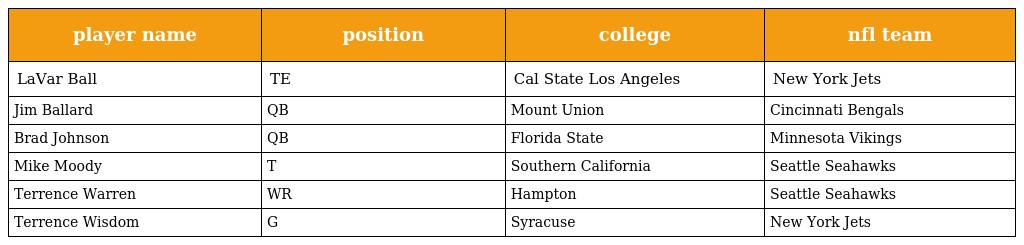
| player name | position | college | nfl team |
 | --- | --- | --- | --- |
 | LaVar Ball | TE | Cal State Los Angeles | New York Jets |
 | Jim Ballard | QB | Mount Union | Cincinnati Bengals |
 | Brad Johnson | QB | Florida State | Minnesota Vikings |
 | Mike Moody | T | Southern California | Seattle Seahawks |
 | Terrence Warren | WR | Hampton | Seattle Seahawks |
 | Terrence Wisdom | G | Syracuse | New York Jets |